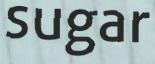
sugar